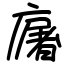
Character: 廜